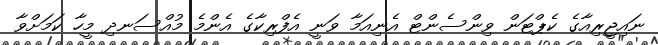
ނައިޖީރިއާގެ ކެޕްޓަން ވިންސެންޓް އެނިއަމާ ވަނީ އެފްރިކާގެ އެންމެ މުއްސަނދި މީހާ ކަމަށްވާ